Vabadussoja_Ajaloo_Komitee, lk 61
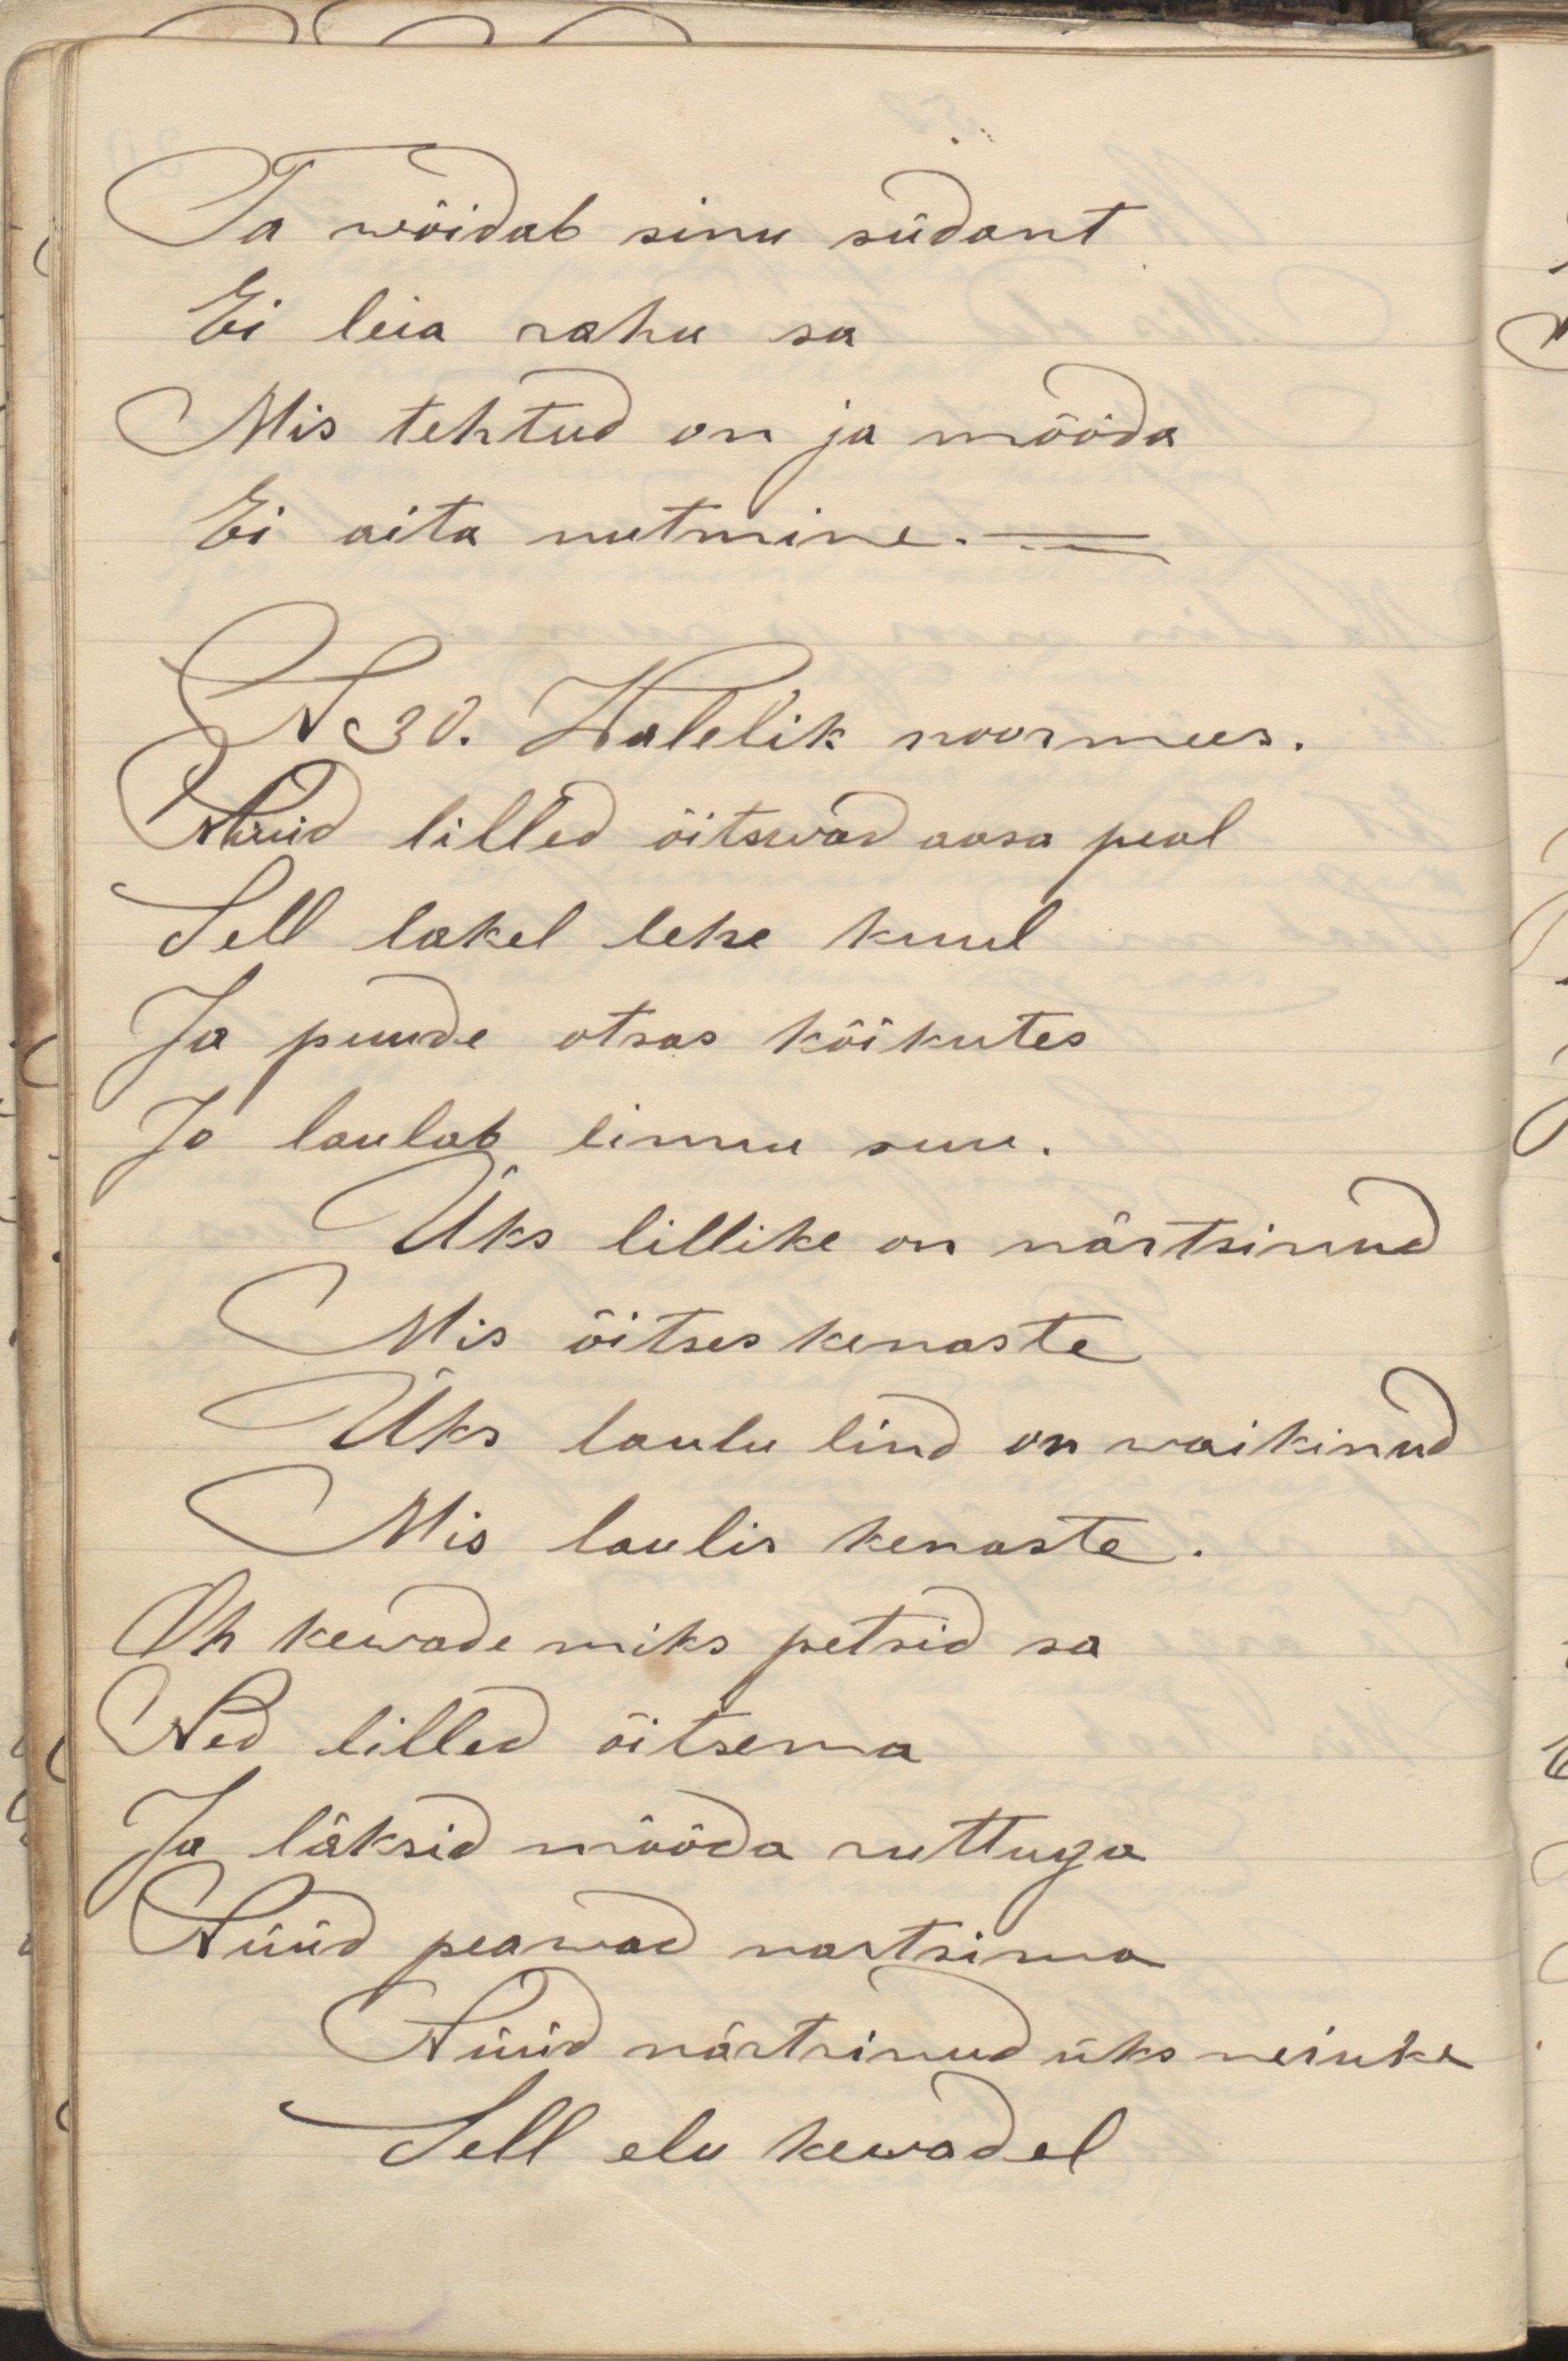
Ta wöidab sinu südant
Ei leia rahu sa
Mis tehtud on ja mööda
Ei aita nutmine
N30. Walelik noormees
Nüüd lilled öitswad aasa peal
Sell lokel lehe kuul
Ja puude otsas köikutes
Ja laulab linnu suu.
Üks lilleke on närtsinud
Mis õitses kenaste
Üks laulu lind on waikinud
Mis laulis kenaste.
Oh kewade miks petsid sa
Ned lilled õitsema
Ja läksid mööda ruttuga
Nüüd peawad nartsima
Nüüd närtsinud üks neiuke
Sell elu kewadel